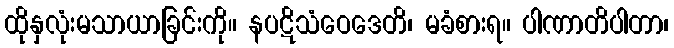
ထိုနှလုံးမသာယာခြင်းကို။ နပဋိသံဝေဒေတိ၊ မခံစားရ။ ပါဏာတိပါတာ၊